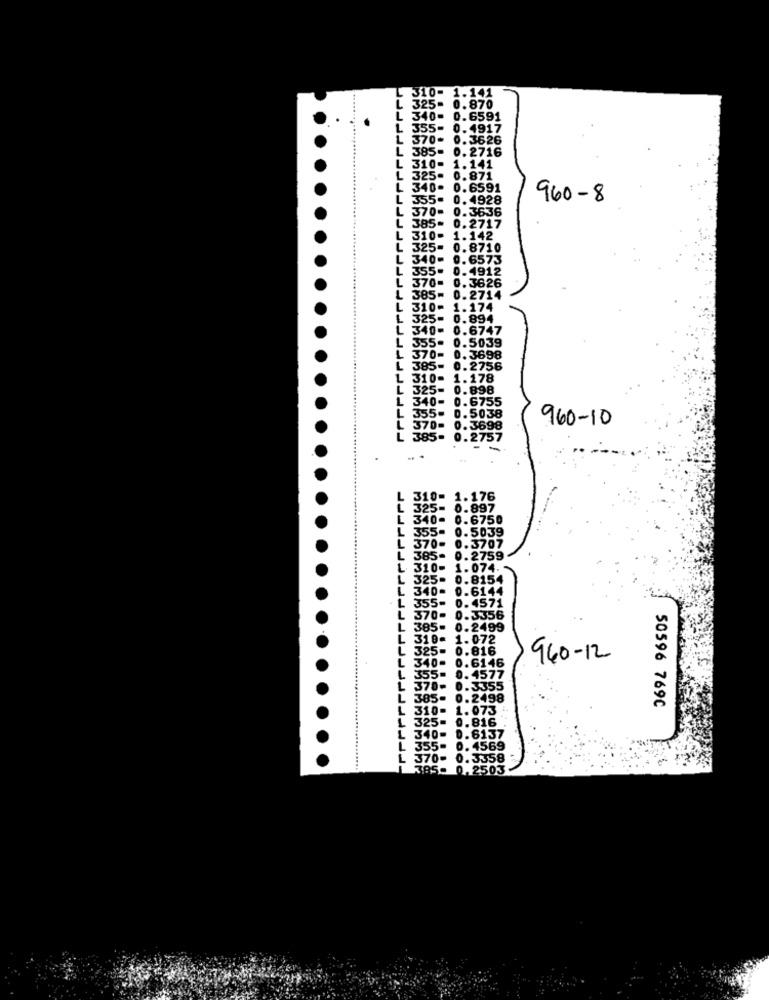
L
310- 1.141
L
325- 0.870
L
340-
0.6591
L
355- 0.4917
370-
0.3626
L
385- 0.2716
L
310-
1.141
L
325-
0.871
L
340-
0.6591
L 355- 0.4928
960-8
L
370-
0.3636
L 385- 0.2717
L
310-
1.142
L
325-
0.8710
L
340-
0.6573
L 355- 0.4912
370= 0.3626
L 385= 0.2714
L
310-
1.174
325-
0.894
L
340- 0.6747
355.
0.5039
L
L
370- 0.3698
L
385-
0.2756
L
310- 1.178
L
325= 0.898
L
340-
0.6755
35
0.5038
960-10
370- 0.3698
385.
0.2757
...
L 31
176
.897
.6750
5039
707
2759
154
340= 0.6144
L
355- 0.4571
L
L 370- 0.3356
L
385- 0.2499
L
310- 1.072
L
325- 0.816
340- 0.6146
960-12
L
50596 769C
L
0.816
L
.6137
L
. 4569
L :
358